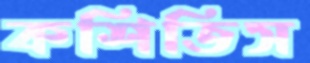
কশিতিস